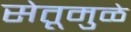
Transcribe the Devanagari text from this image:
सेतूमुळे